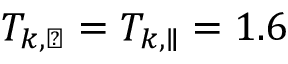
T _ { k , \perp } = T _ { k , \parallel } = 1 . 6